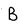
Character: B